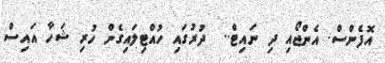
އޮފެންސް. އެންޖޯއި ދި ނައިޓް..  ދުރުގައި ހުއްޓިލައިގެން ހުރި ޝަހާ އައިސް